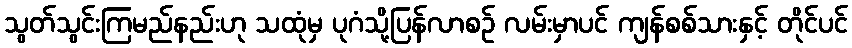
သွတ်သွင်းကြမည်နည်းဟု သထုံမှ ပုဂံသို့ပြန်လာစဉ် လမ်းမှာပင် ကျန်စစ်သားနှင့် တိုင်ပင်